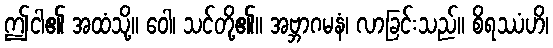
ဤငါ၏ အထံသို့။ ဝေါ၊ သင်တို့၏။ အဗ္ဘာဂမနံ၊ လာခြင်းသည်။ စိရဿံဟိ၊